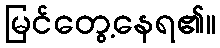
မြင်တွေ့နေရ၏။